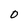
Character: O